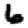
Digit: 6